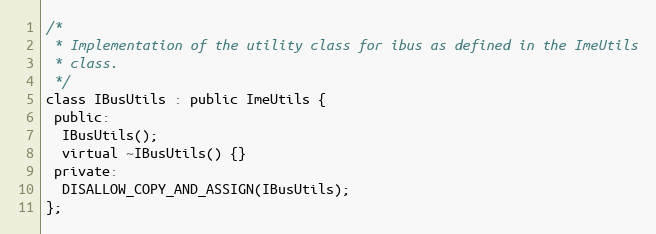
Language: C
/*
 * Implementation of the utility class for ibus as defined in the ImeUtils
 * class.
 */
class IBusUtils : public ImeUtils {
 public:
  IBusUtils();
  virtual ~IBusUtils() {}
 private:
  DISALLOW_COPY_AND_ASSIGN(IBusUtils);
};